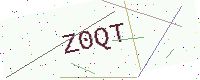
Text: Z0QT